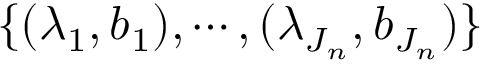
\{ ( \lambda _ { 1 } , \boldsymbol { b } _ { 1 } ) , \cdots , ( \lambda _ { J _ { n } } , \boldsymbol { b } _ { J _ { n } } ) \}